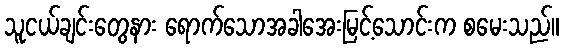
သူငယ်ချင်းတွေနား ရောက်သောအခါအေးမြင့်သောင်းက စမေးသည်။